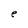
Character: e